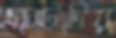
এস্টেটের